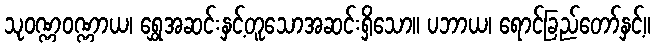
သုဝဏ္ဏဝဏ္ဏာယ၊ ရွှေအဆင်းနှင့်တူသောအဆင်းရှိသော။ ပဘာယ၊ ရောင်ခြည်တော်နှင့်။